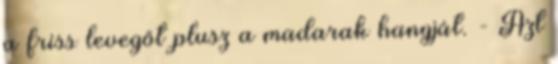
a friss levegőt plusz a madarak hangját. - Azt